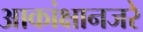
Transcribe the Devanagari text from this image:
आकांक्षानजरे